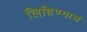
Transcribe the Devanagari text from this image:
लिहिण्याचं